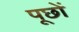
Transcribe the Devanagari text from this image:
पूछों